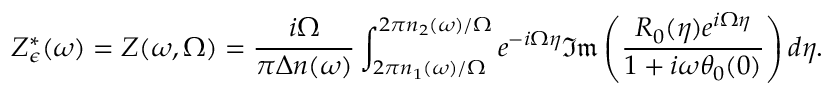
Z _ { \epsilon } ^ { * } ( \omega ) = Z ( \omega , \Omega ) = \frac { i \Omega } { \pi \Delta n ( \omega ) } \int _ { 2 \pi n _ { 1 } ( \omega ) / \Omega } ^ { 2 \pi n _ { 2 } ( \omega ) / \Omega } e ^ { - i \Omega \eta } \mathfrak { I m } \left( \frac { R _ { 0 } ( \eta ) e ^ { i \Omega \eta } } { 1 + i \omega \theta _ { 0 } ( 0 ) } \right) d \eta .